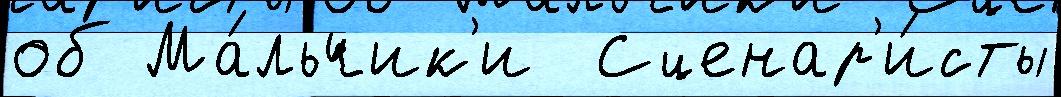
об Ма́льчик'и  Сценар'и́сты